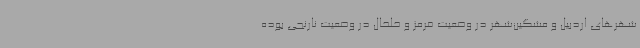
شهرهای اردبیل و مشگین‌شهر در وضعیت قرمز و خلخال در وضعیت نارنجی بوده